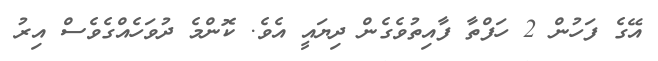
އޭގެ ފަހުން 2 ހަފްތާ ފާއިތުވެގެން ދިޔައީ އެވެ. ކޮންމެ ދުވަހެއްގެވެސް އިރު